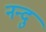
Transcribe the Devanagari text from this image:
नन्दु